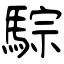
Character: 騌